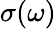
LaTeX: \sigma(\omega)